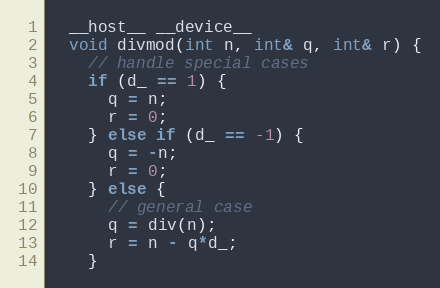
Language: C
  __host__ __device__
  void divmod(int n, int& q, int& r) {
    // handle special cases
    if (d_ == 1) {
      q = n;
      r = 0;
    } else if (d_ == -1) {
      q = -n;
      r = 0;
    } else {
      // general case
      q = div(n);
      r = n - q*d_;
    }